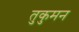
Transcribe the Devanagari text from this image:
तुकुमन